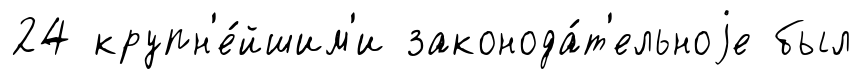
24 крупн'е́йшим'и законода́т'ельноjе был